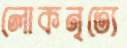
লোকনৃত্যে